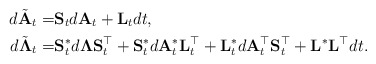
\begin{align*}d\tilde{\mathbf{A}}_t =& \mathbf{S}_td\mathbf{A}_t + \mathbf{L}_t dt,\\d\tilde{\mathbf{\Lambda}}_t =& \mathbf{S}_t^{*} d\mathbf{\Lambda} \mathbf{S}_t^{\top} + \mathbf{S}_t^{*} d\mathbf{A}_t^{\ast}\mathbf{L}_t^{\top} + \mathbf{L}_t^{\ast}d\mathbf{A}_t^{\top}\mathbf{S}_t^{\top} + \mathbf{L}^{\ast}\mathbf{L}^{\top}dt.\end{align*}